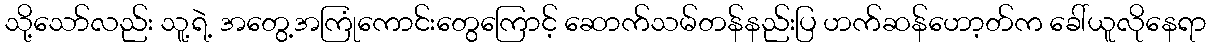
သို့သော်လည်း သူ့ရဲ့ အတွေ့အကြုံကောင်းတွေကြောင့် ဆောက်သမ်တန်နည်းပြ ဟက်ဆန်ဟော့တ်က ခေါ်ယူလိုနေရာ